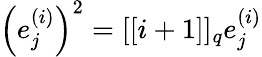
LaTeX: \left(e_{j}^{(i)}\right)^{2}=[[i+1]]_{{q}}e_{j}^{(i)}